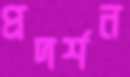
প্রদর্শন